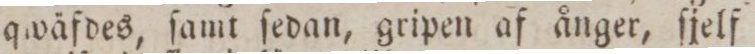
qwäfdes, ſamt ſedan, gripen af ånger, ſjelf